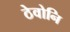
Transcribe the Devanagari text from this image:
ठेवोनि